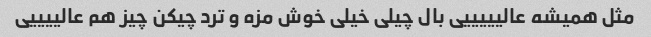
مثل همیشه عالیییییی بال چیلی خیلی خوش مزه و ترد چیکن چیز هم عالییییی